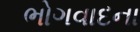
ભોગવાદના